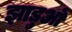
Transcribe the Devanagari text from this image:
झाड़ुओं